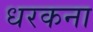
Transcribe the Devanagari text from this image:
धरकना